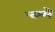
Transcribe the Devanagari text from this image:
च्श्मे